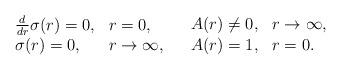
LaTeX: \begin{align*}\begin{array}{ll}\begin{array}{ll}\frac{d}{d r}\sigma(r) = 0, &r=0, \\\sigma(r) = 0, & r \rightarrow \infty, \end{array} &\begin{array}{ll}A(r) \neq 0, & r \rightarrow\infty, \\A(r) = 1, & r = 0.\end{array}\end{array}\end{align*}